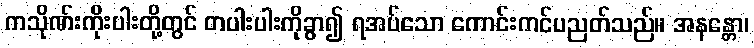
ကသိုဏ်းကိုးပါးတို့တွင် တပါးပါးကိုခွာ၍ ရအပ်သော ကောင်းကင်ပညတ်သည်။ အနန္တော၊